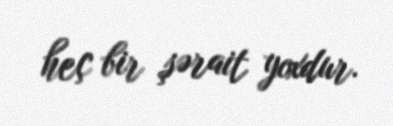
heç bir şərait yoxdur.